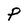
Character: P